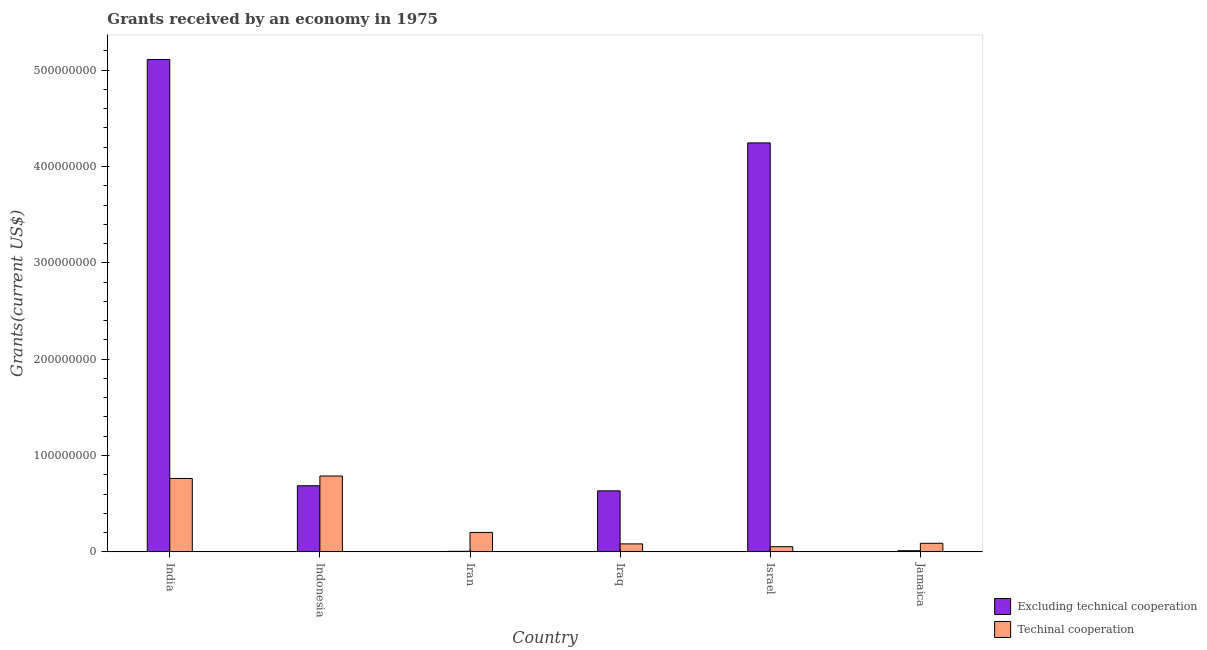
| Country | Excluding technical cooperation | Techinal cooperation |
 | --- | --- | --- |
 | India | 5.11e+08 | 7.62e+07 |
 | Indonesia | 6.86e+07 | 7.87e+07 |
 | Iran | 5.9e+05 | 2.02e+07 |
 | Iraq | 6.33e+07 | 8.29e+06 |
 | Israel | 4.24e+08 | 5.37e+06 |
 | Jamaica | 1.2e+06 | 8.91e+06 |